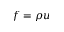
f = \rho u